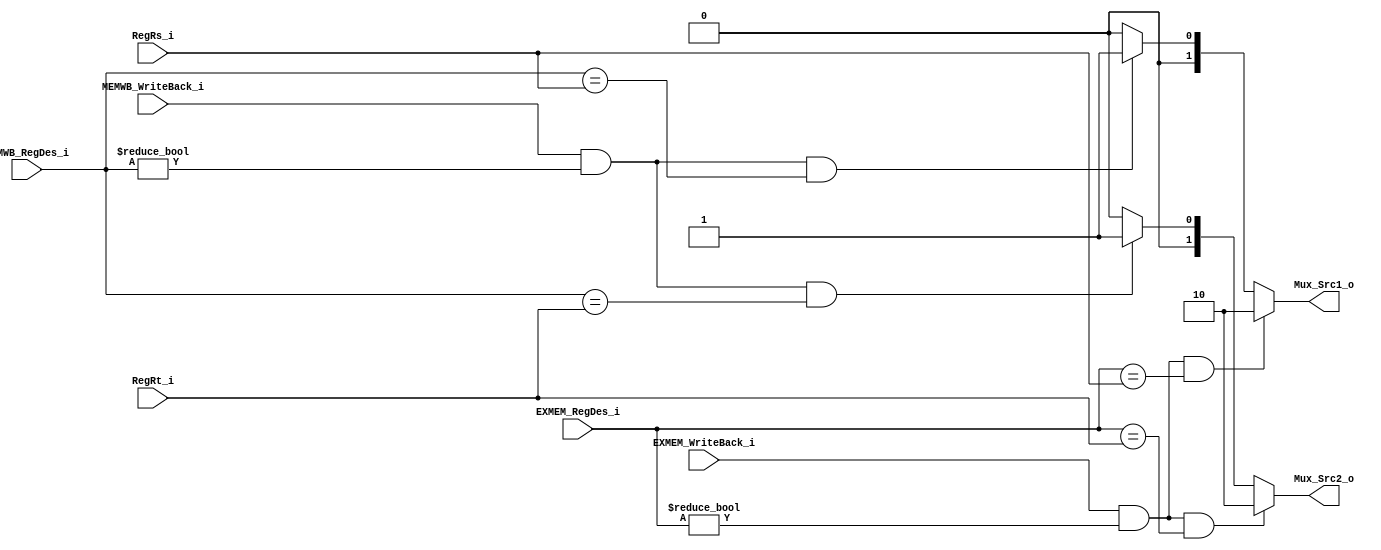
`timescale 1ns/1ps

module Forwarding_Unit(
	RegRs_i,
	RegRt_i,
	EXMEM_RegDes_i,
	MEMWB_RegDes_i,
	EXMEM_WriteBack_i,
	MEMWB_WriteBack_i,
	Mux_Src1_o,
	Mux_Src2_o
);

input [5-1:0] RegRs_i;
input [5-1:0] RegRt_i;
input [5-1:0] EXMEM_RegDes_i;
input [5-1:0] MEMWB_RegDes_i;
input EXMEM_WriteBack_i;
input MEMWB_WriteBack_i;

output [2-1:0] Mux_Src1_o;
output [2-1:0] Mux_Src2_o;

reg [2-1:0] Mux_Src1_o;
reg [2-1:0] Mux_Src2_o;

always @(*) begin
	if (EXMEM_WriteBack_i && EXMEM_RegDes_i != 5'd0 && EXMEM_RegDes_i == RegRs_i) begin
		Mux_Src1_o <= 2'b10;
	end
	else if (MEMWB_WriteBack_i && MEMWB_RegDes_i != 5'd0 && MEMWB_RegDes_i == RegRs_i) begin
		Mux_Src1_o <= 2'b01;
	end 
	else begin
		Mux_Src1_o <= 2'b00;	
	end
end

always @(*) begin 
	if (EXMEM_WriteBack_i && EXMEM_RegDes_i != 5'd0 && EXMEM_RegDes_i == RegRt_i) begin 
		Mux_Src2_o <= 2'b10;
	end 
	else if (MEMWB_WriteBack_i && MEMWB_RegDes_i != 5'd0 && MEMWB_RegDes_i == RegRt_i) begin
		Mux_Src2_o <= 2'b01;
	end
	else begin
		Mux_Src2_o <= 2'b00;	
	end

end

endmodule